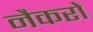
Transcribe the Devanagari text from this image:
नैकरों